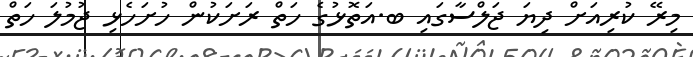
މިރޭ ކުރިއަށް ދިޔަ ޖަލްސާގައި ބ.އަތޮޅުގެ ހަތް ރަށަކުން ހުށަހެޅި ޖުމުލަ ހަތް